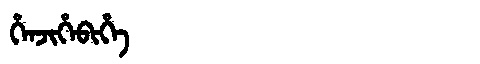
Manchu: ᡥᡝᠨᠵᡳᡥᡝᠪᡳᡥᡝ
Romanization: HENJIHEBIHE